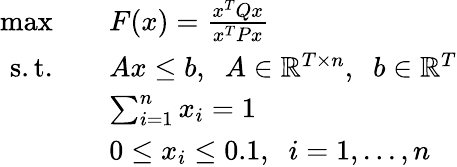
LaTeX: \begin{array}{rl}{\operatorname*{max}}&{\quad F(x)=\frac{x^{T}Qx}{x^{T}Px}}\\ {\mathrm{s.t.}}&{\quad Ax\leq b,\; \; A\in\mathbb{R}^{T\times n},\; \; b\in\mathbb{R}^{T}}\\ &{\quad\sum_{i=1}^{n}x_{i}=1}\\ &{\quad 0\leq x_{i}\leq 0.1,\; \; i=1,...,n}\end{array}